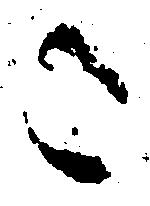
こ